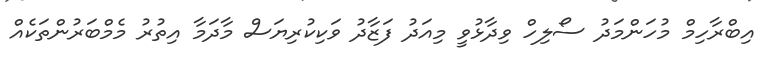
އިބްރާހިމް މުހަންމަދު ސޯލިހް ވިދާޅުވީ މިއަދު ފަޒާދު ވަކިކުރިޔަސް މާދަމާ އިތުރު މެމްބަރުންތަކެއް